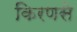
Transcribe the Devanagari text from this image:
किरणसे